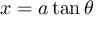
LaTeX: x = a \tan \theta